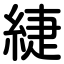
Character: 緁